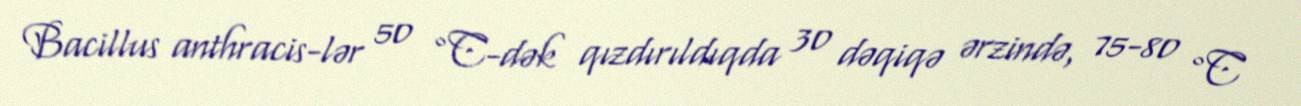
Bacillus anthracis-lər 50 °C-dək qızdırıldıqda 30 dəqiqə ərzində, 75-80 °C